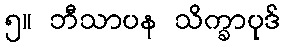
၅။ ဘီသာပန သိက္ခာပုဒ်